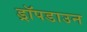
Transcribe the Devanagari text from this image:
ड्रॉपडाउन